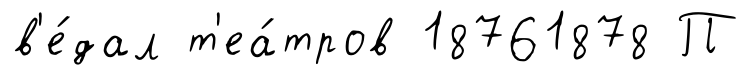
в'е́дал т'еа́тров 18761878 П